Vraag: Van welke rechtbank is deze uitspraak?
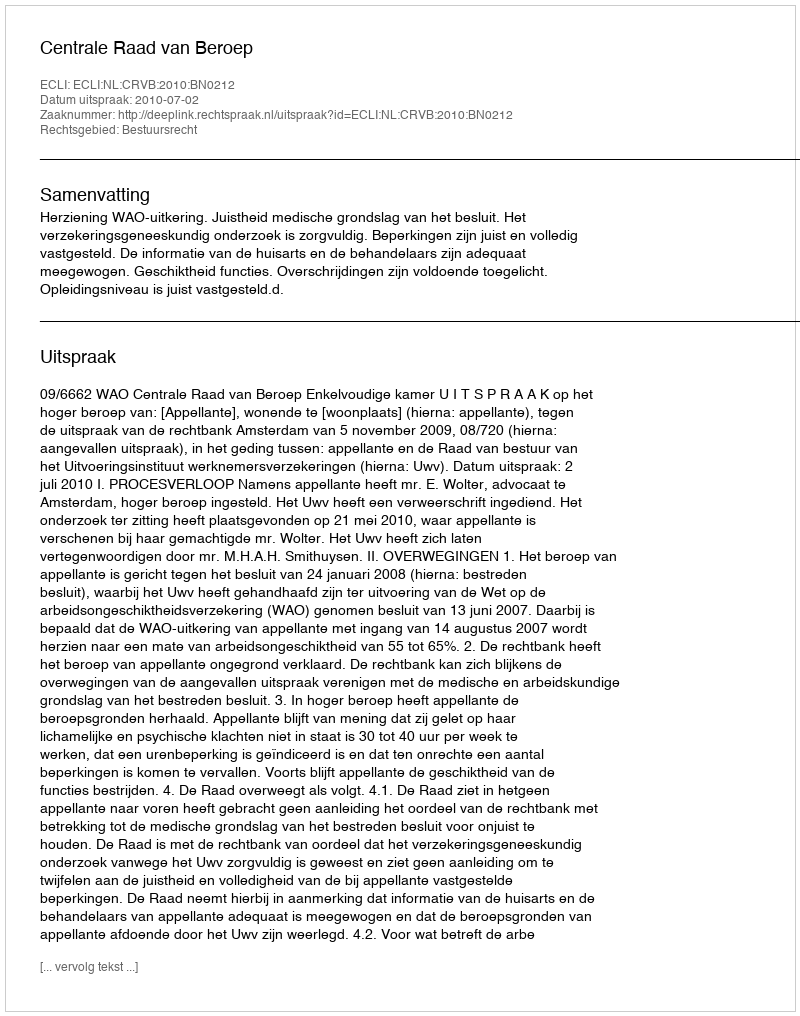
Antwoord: Centrale Raad van Beroep